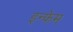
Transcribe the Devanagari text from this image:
इन्फेम